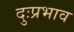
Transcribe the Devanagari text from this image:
दुःप्रभाव